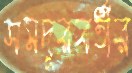
সমদূরবর্তীর